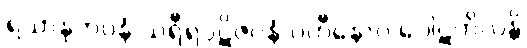
ရသာနုဘဝနံ သရီရပ္ပဋိဇဂ္ဂနံ ပဟီနောဝ ပေါဋကိလန္တိ